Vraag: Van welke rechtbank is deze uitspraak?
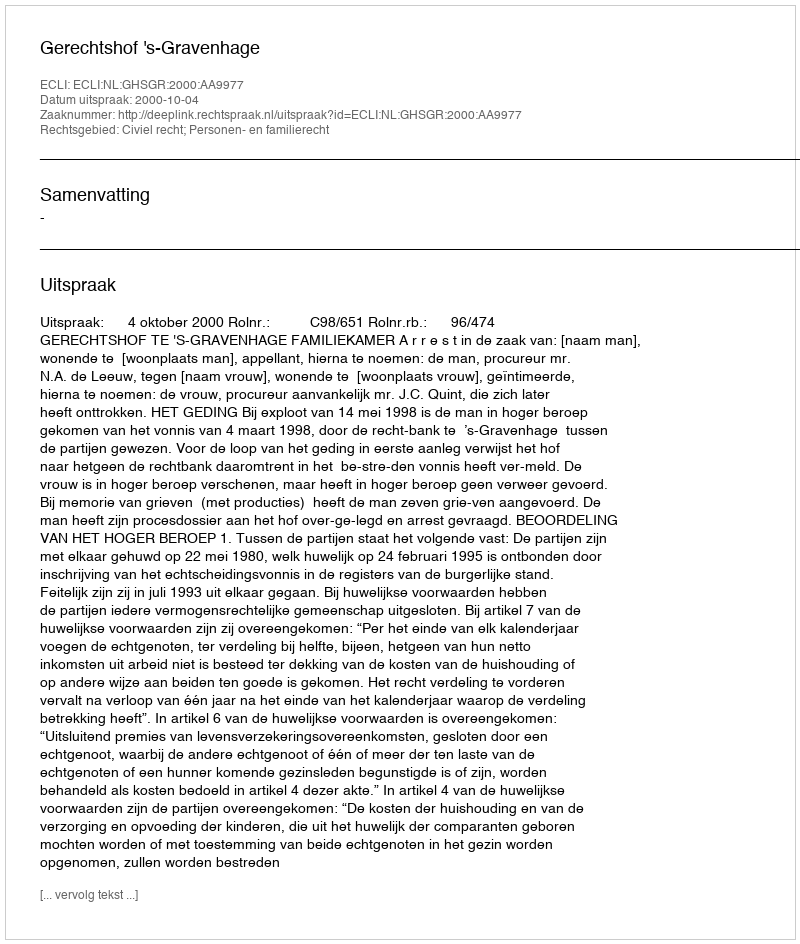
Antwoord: Gerechtshof 's-Gravenhage